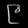
Digit: ၉